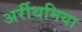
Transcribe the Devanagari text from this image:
अर्रीथमिया